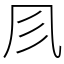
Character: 𠘱